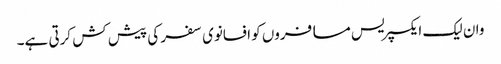
وان لیک ایکسپریس مسافروں کو افسانوی سفر کی پیش کش کرتی ہے۔